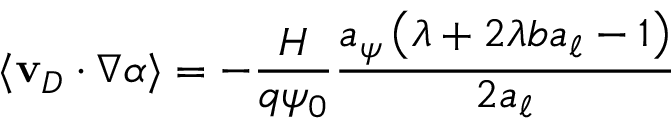
\langle \mathbf { v } _ { D } \cdot \nabla \alpha \rangle = - \frac { H } { q \psi _ { 0 } } \frac { a _ { \psi } \left( \lambda + 2 \lambda b a _ { \ell } - 1 \right) } { 2 a _ { \ell } }